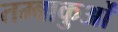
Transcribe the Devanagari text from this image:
तम्बाकुओं